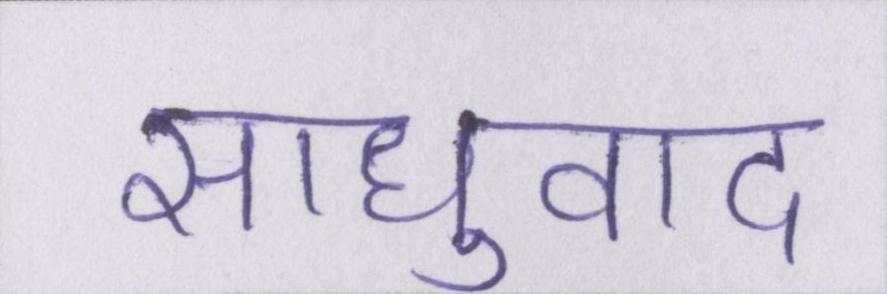
साधुवाद